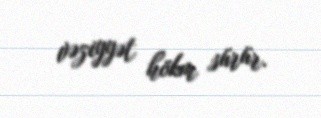
vəziyyət hökm sürür.